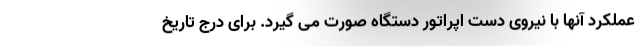
عملکرد آنها با نیروی دست اپراتور دستگاه صورت می گیرد. برای درج تاریخ